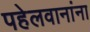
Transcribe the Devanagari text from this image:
पहेलवानांना